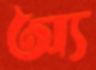
অ্য